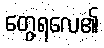
တွေ့ရလေ၏